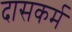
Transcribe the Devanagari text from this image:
दासकर्म